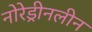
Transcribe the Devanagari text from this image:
नोरेड्रीनलीन